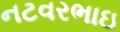
નટવરભાઇ